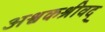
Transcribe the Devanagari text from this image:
अश्वकश्रीवद्‌